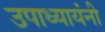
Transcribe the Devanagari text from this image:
उपाध्यायंनी